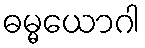
ဓမ္မယောဂါ